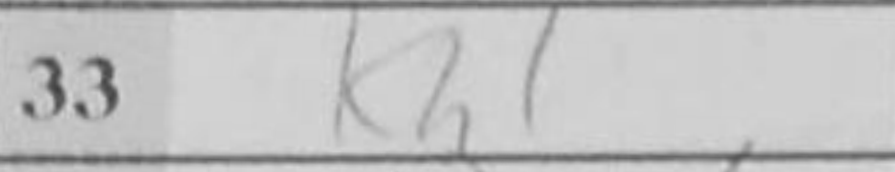
Transcription: Kh1